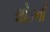
લોડનો